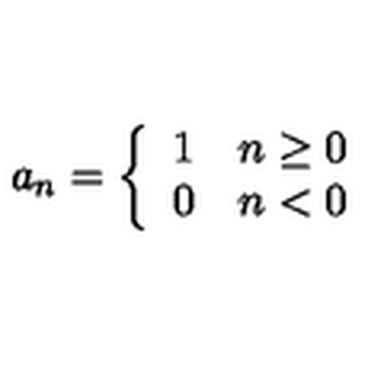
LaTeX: a _ { n } = \left\{ \begin{array} { l r } { 1 } & { n \ge 0 } \\ { 0 } & { n < 0 } \\ \end{array} \right.